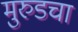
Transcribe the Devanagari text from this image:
मुरुडचा